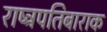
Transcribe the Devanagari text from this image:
राष्ट्रपतिबाराक